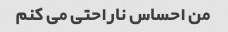
من احساس ناراحتی می کنم